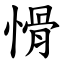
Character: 愲